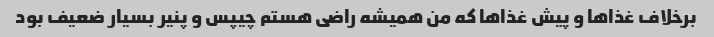
برخلاف غذاها و پیش غذاها که من همیشه راضی هستم چیپس و پنیر بسیار ضعیف بود